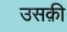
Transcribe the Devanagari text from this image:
उसक़ी